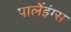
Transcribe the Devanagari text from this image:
पार्लेइंग्स